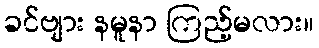
ခင်ဗျား နမူနာ ကြည့်မလား။